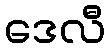
ဒေလီ